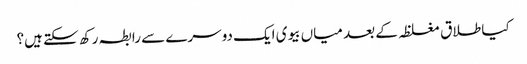
کیا طلاق مغلظہ کے بعد میاں بیوی ایک دوسرے سے رابطہ رکھ سکتے ہیں؟